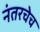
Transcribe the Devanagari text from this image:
नंतरचेच